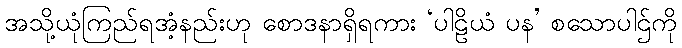
အသို့ယုံကြည်ရအံ့နည်းဟု စောဒနာရှိရကား ‘ပါဠိယံ ပန’ စသောပါဌ်ကို